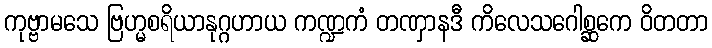
ကုဗ္ဗာမသေ ဗြဟ္မစရိယာနုဂ္ဂဟာယ ကဏ္ဍကံ တဏှာနဒီ ကိလေသဂေါစ္ဆကေ ဝိတတာ